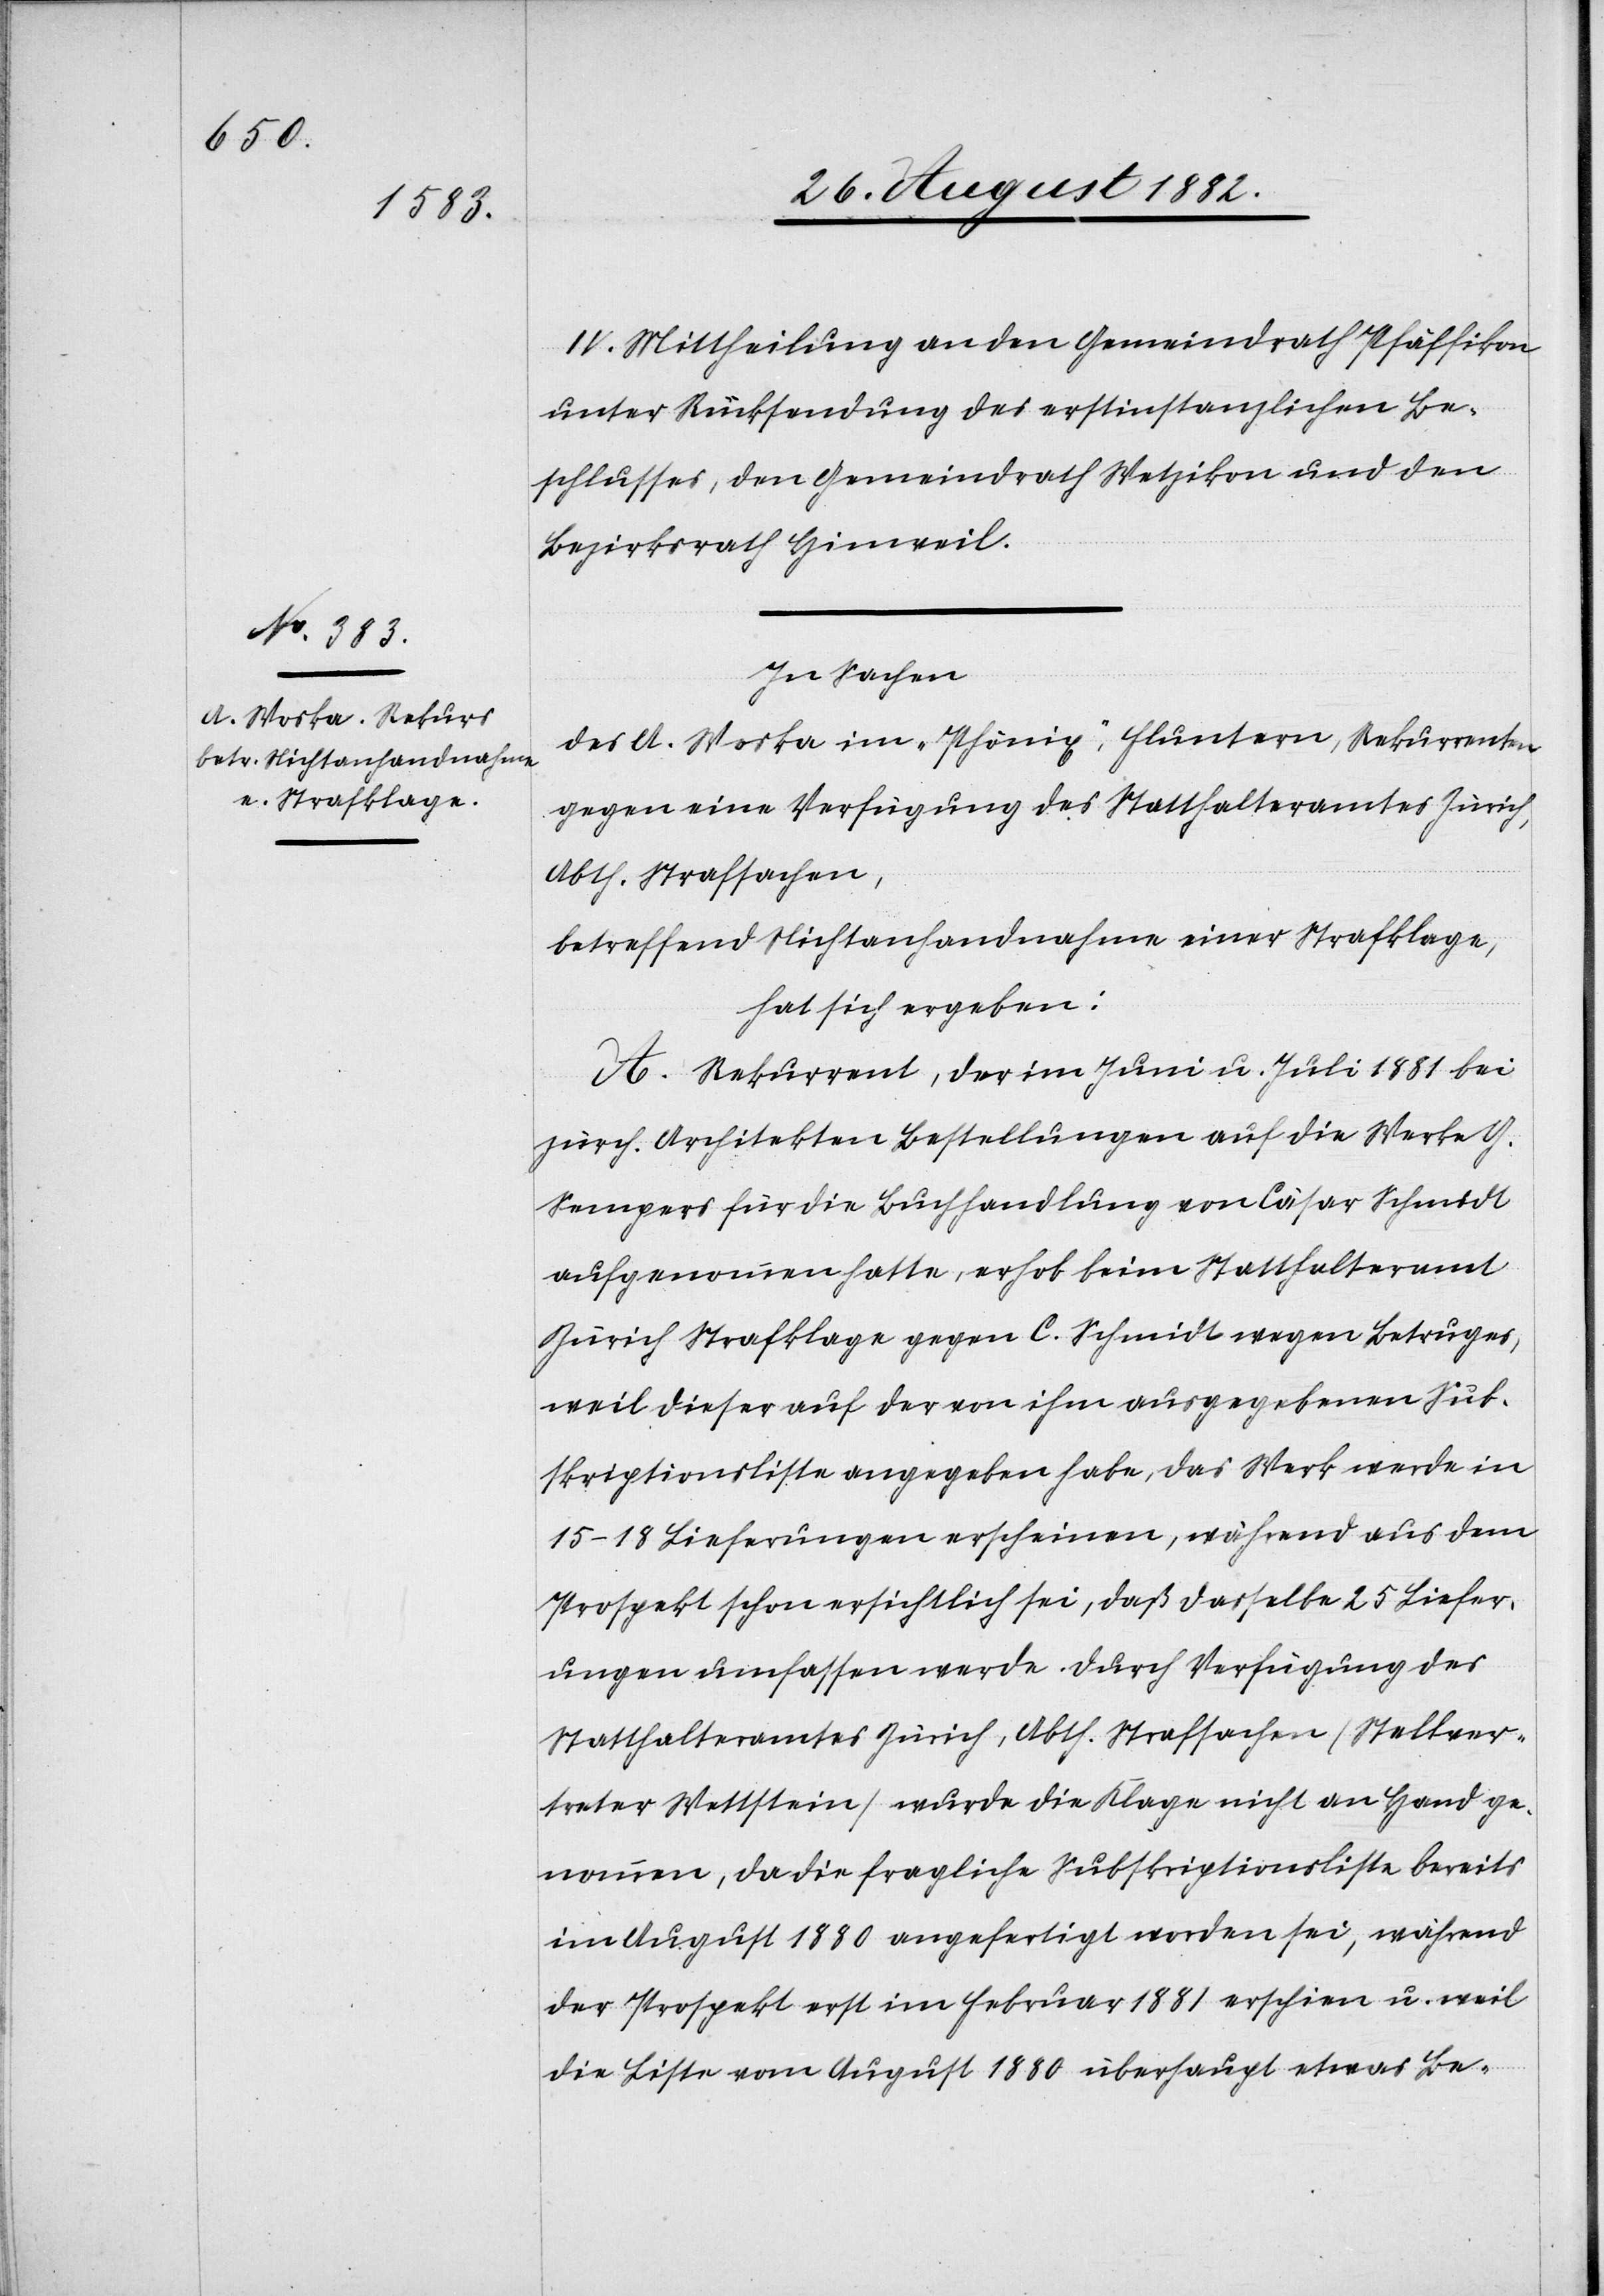
IV. Mittheilung an den Gemeindrath Pfäffikon
unter Rücksendung des erstinstanzlichen Be¬
schlusses, den Gemeindrath Wetzikon und den
Bezirksrath Hinweil.
In Sachen
des A. Stoska im „Phönix“, Fluntern, Rekurrenten
gegen eine Verfügung des Statthalteramtes Zürich,
Abth. Strafsachen,
betreffend Nichtanhandnahme einer Strafklage,
hat sich ergeben:
A. Rekurrent, der im Juni u. Juli 1881 bei
zürch. Architekten Bestellungen auf die Werke G.
Sempers für die Buchhandlung von Cäsar Schmidt
aufgenommen hatte, erhob beim Statthalteramt
Zürich Strafklage gegen C. Schmidt wegen Betruges,
weil dieser auf der von ihm ausgegebenen Sub¬
skriptionsliste angegeben habe, das Werk werde in
15–18 Lieferungen erscheinen, während aus dem
Prospekt ersichtlich sei, daß dasselbe 25 Liefer¬
ungen umfassen werde. Durch Verfügung des
Statthalteramtes Zürich, Abth. Strafsachen (Stellver¬
treter Wettstein) wurde die Klage nicht an Hand ge¬
nommen, da die fragliche Subskriptionsliste bereits
im August 1880 angefertigt worden sei, während
der Prospekt im Februar 1881 erschien u. weil
die Liste vom August 1880 überhaupt etwas Be-